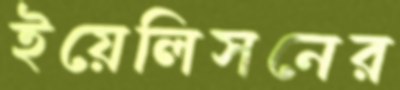
ইয়েলিসনের